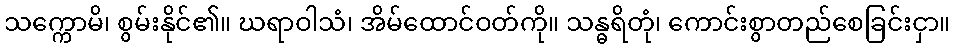
သက္ကောမိ၊ စွမ်းနိုင်၏။ ဃရာဝါသံ၊ အိမ်ထောင်ဝတ်ကို။ သန္ဓရိတုံ၊ ကောင်းစွာတည်စေခြင်းငှာ။